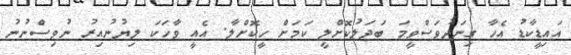
އައިޑީކާޑު އެހާ ގިނަދުވަސްވީމަ ބަދަލުކޮށްލީ ކަމަށް ހީކޮށްލާ. އެއީ ވާހަކަ ލިޔުނުއިރު ނުވިސްނުނު